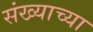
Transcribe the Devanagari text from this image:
संख्याच्या